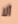
ألا